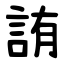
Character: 詴